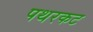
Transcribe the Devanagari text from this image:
पथरकट